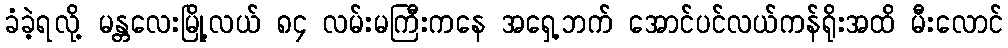
ခံခဲ့ရလို့ မန္တလေးမြို့လယ် ၈၄ လမ်းမကြီးကနေ အရှေ့ဘက် အောင်ပင်လယ်ကန်ရိုးအထိ မီးလောင်